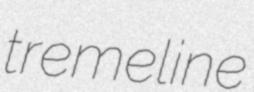
tremeline